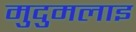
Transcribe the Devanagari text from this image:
मुदुमलाइ